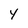
Character: Y